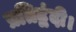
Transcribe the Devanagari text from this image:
प्रतिद्वंदी।